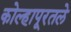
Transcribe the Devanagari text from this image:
कोल्हापूरतले